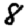
Digit: 8